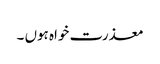
معذرت خواہ ہوں ۔